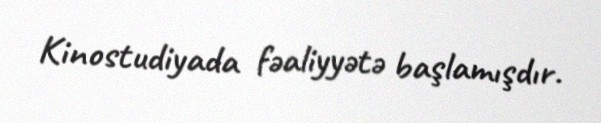
Kinostudiyada fəaliyyətə başlamışdır.